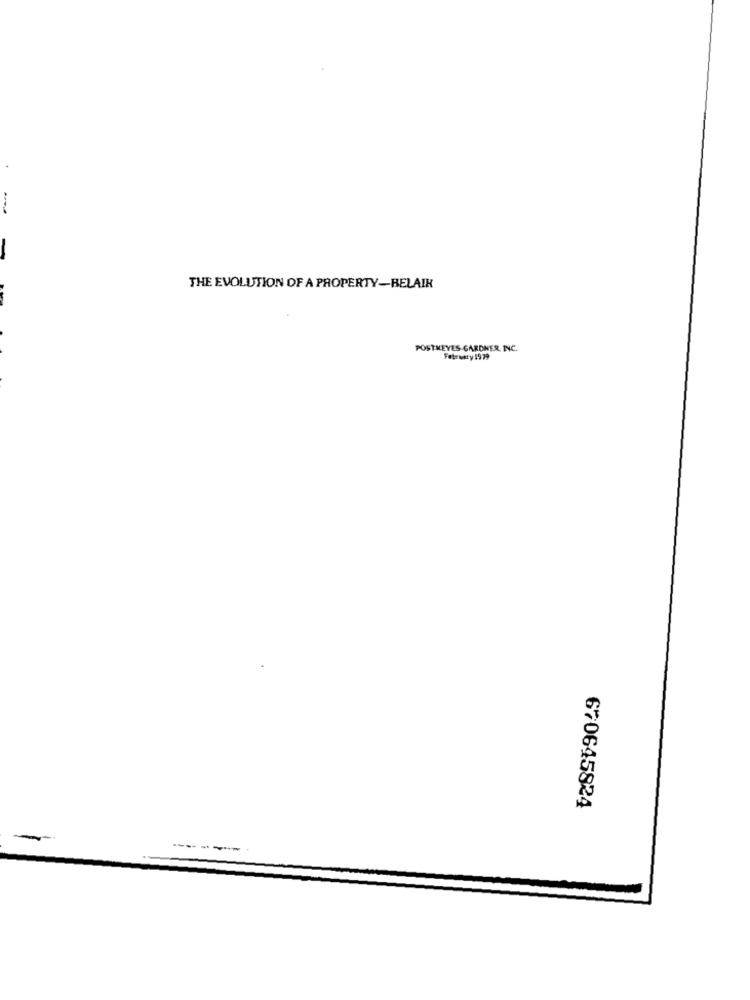
THE EVOLUTION OF A PROPERTY-BELAIK
POSTKEYES GARDNER, INC.
February 1979
670645824